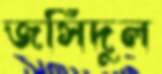
জসিদুল